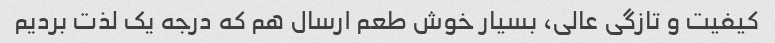
کیفیت و تازگی عالی، بسیار خوش طعم ارسال هم که درجه یک لذت بردیم